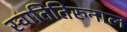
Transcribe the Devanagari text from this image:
स्वातितिरुनाल